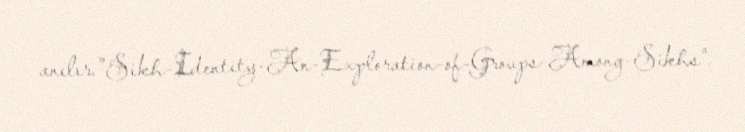
anılır."Sikh-Identity-An-Exploration-of-Groups-Among-Sikhs".